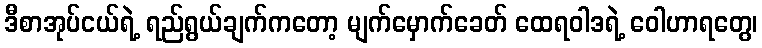
ဒီစာအုပ်ငယ်ရဲ့ ရည်ရွယ်ချက်ကတော့ မျက်မှောက်ခေတ် ထေရဝါဒရဲ့ ဝေါဟာရတွေ၊